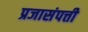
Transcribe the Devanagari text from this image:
प्रजासंपत्ती